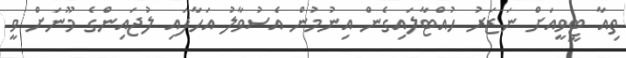
ތިއާ ޓީވީއަށް ނަޒަރު ހުއްޓާލައިގެން އިނުމުން އެސުވާލު އަހާފައި ލުޖައިންގެ މޫނަށް ވީ